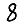
Digit: 8